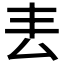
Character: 𠫢